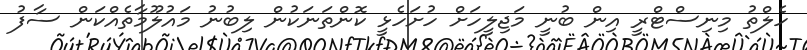
ހެލްތު މިނިސްޓްރީ އިން ބުނީ މަޖިލީހަށް ހުށަހެޅީ ކޮންތަނަކުން ލިބުނު މައުލޫމާތެއްކަން ސާފު